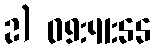
2) 09:41:55